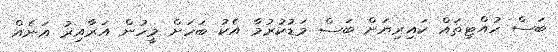
ބަސް ހުއްޓިތައް ކައިރިޔަށް ބަސް މަޑުކުރުމާ އެކު ބަހަށް މީހުން އަރާއިރު އަނެއް